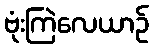
ဗုံးကြဲလေယာဉ်